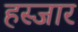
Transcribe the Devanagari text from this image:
हस्जार